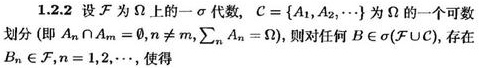
1.2.2 设 $\mathcal{F}$ 为 $\Omega$ 上的一 $\sigma$ -代数, $\mathcal{C}=\{A_1,A_2,\cdots\}$ 为 $\Omega$ 的一个可数划分 (即 $A_n\cap A_m=\emptyset$, $n\neq m$, $\sum_{n}A_n = \Omega$), 则对任何 $B\in\sigma(\mathcal{F}\cup\mathcal{C})$, 存在